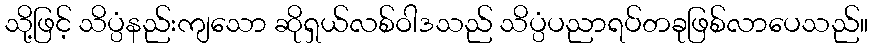
သို့ဖြင့် သိပ္ပံနည်းကျသော ဆိုရှယ်လစ်ဝါဒသည် သိပ္ပံပညာရပ်တခုဖြစ်လာပေသည်။